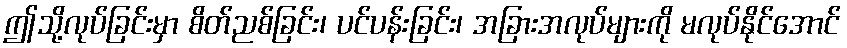
ဤသို့လုပ်ခြင်းမှာ စိတ်ညစ်ခြင်း၊ ပင်ပန်းခြင်း၊ အခြားအလုပ်များကို မလုပ်နိုင်အောင်